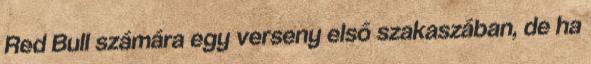
Red Bull számára egy verseny első szakaszában, de ha